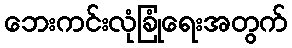
ဘေးကင်းလုံခြုံရေးအတွက်